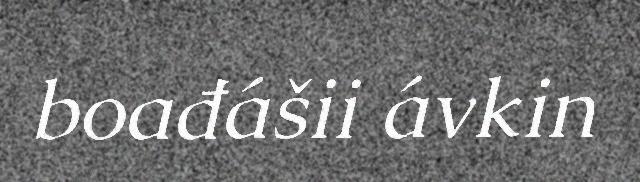
boađášii ávkin